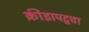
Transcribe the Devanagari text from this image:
क्रीडापटूचा